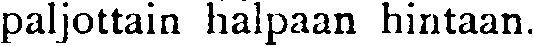
paljottain halpaan hintaan.